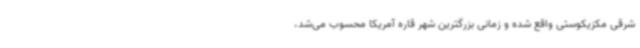
شرقی مکزیکوستی واقع شده و زمانی بزرگترین شهر قاره آمریکا محسوب می‌شد،